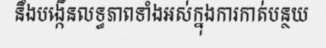
នឹងបង្កើនលទ្ធភាពទាំងអស់ក្នុងការកាត់បន្ថយ